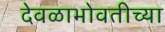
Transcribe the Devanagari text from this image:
देवळाभोवतीच्या